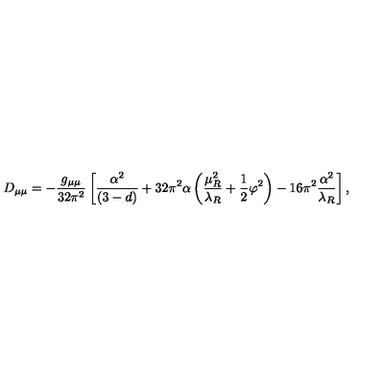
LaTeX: D _ { \mu \mu } = - \frac { g _ { \mu \mu } } { 3 2 \pi ^ { 2 } } \left[ \frac { \alpha ^ { 2 } } { ( 3 - d ) } + 3 2 \pi ^ { 2 } \alpha \left( \frac { \mu _ { R } ^ { 2 } } { \lambda _ { R } } + \frac { 1 } { 2 } \varphi ^ { 2 } \right) - 1 6 \pi ^ { 2 } \frac { \alpha ^ { 2 } } { \lambda _ { R } } \right] ,